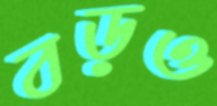
বড়ও